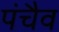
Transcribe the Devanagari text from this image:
पंचैव